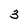
Character: 3